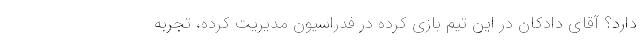
دارد؟ آقای دادکان در این تیم بازی کرده در فدراسیون مدیریت کرده، تجربه